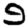
Digit: 9